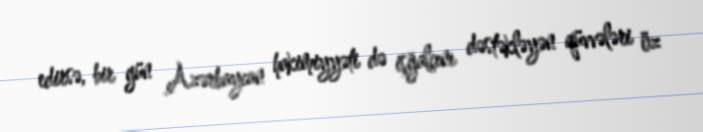
edirsə, bir gün Azərbaycan hakimiyyəti də işğalçını dəstəkləyən qüvvələri öz